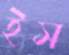
ইস